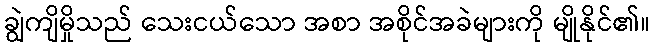
ချွဲကျိမှိုသည် သေးငယ်သော အစာ အစိုင်အခဲများကို မျိုနိုင်၏။